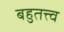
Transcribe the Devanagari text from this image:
बहुतत्त्व